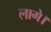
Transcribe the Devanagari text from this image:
लागे।